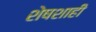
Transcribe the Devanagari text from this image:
शेषशाही